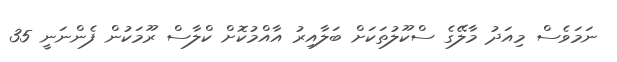
ނަމަވެސް މިއަދު މާލޭގެ ސްކޫލުތަކަށް ބަލާއިރު އާއްމުކޮށް ކްލާސް ރޫމަކުން ފެންނަނީ 35